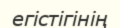
егістігінің